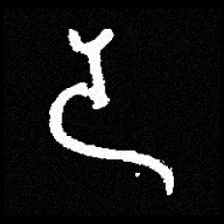
Pyu character \u2014 Myanmar letter: ဒ (romanized: da)